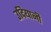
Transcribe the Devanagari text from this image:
उदियानी